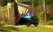
હાનિકારક